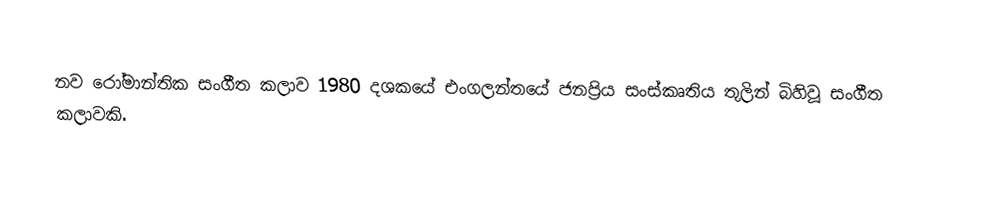
නව රෝමාන්තික සංගීත කලාව 1980 දශකයේ එංගලන්තයේ ජනප්‍රිය සංස්කෘතිය තුලින් බිහිවූ සංගීත කලාවකි.